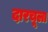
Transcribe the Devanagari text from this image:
दारचूला